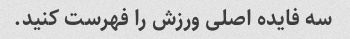
سه فایده اصلی ورزش را فهرست کنید.